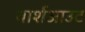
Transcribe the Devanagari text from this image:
वार्शआउट